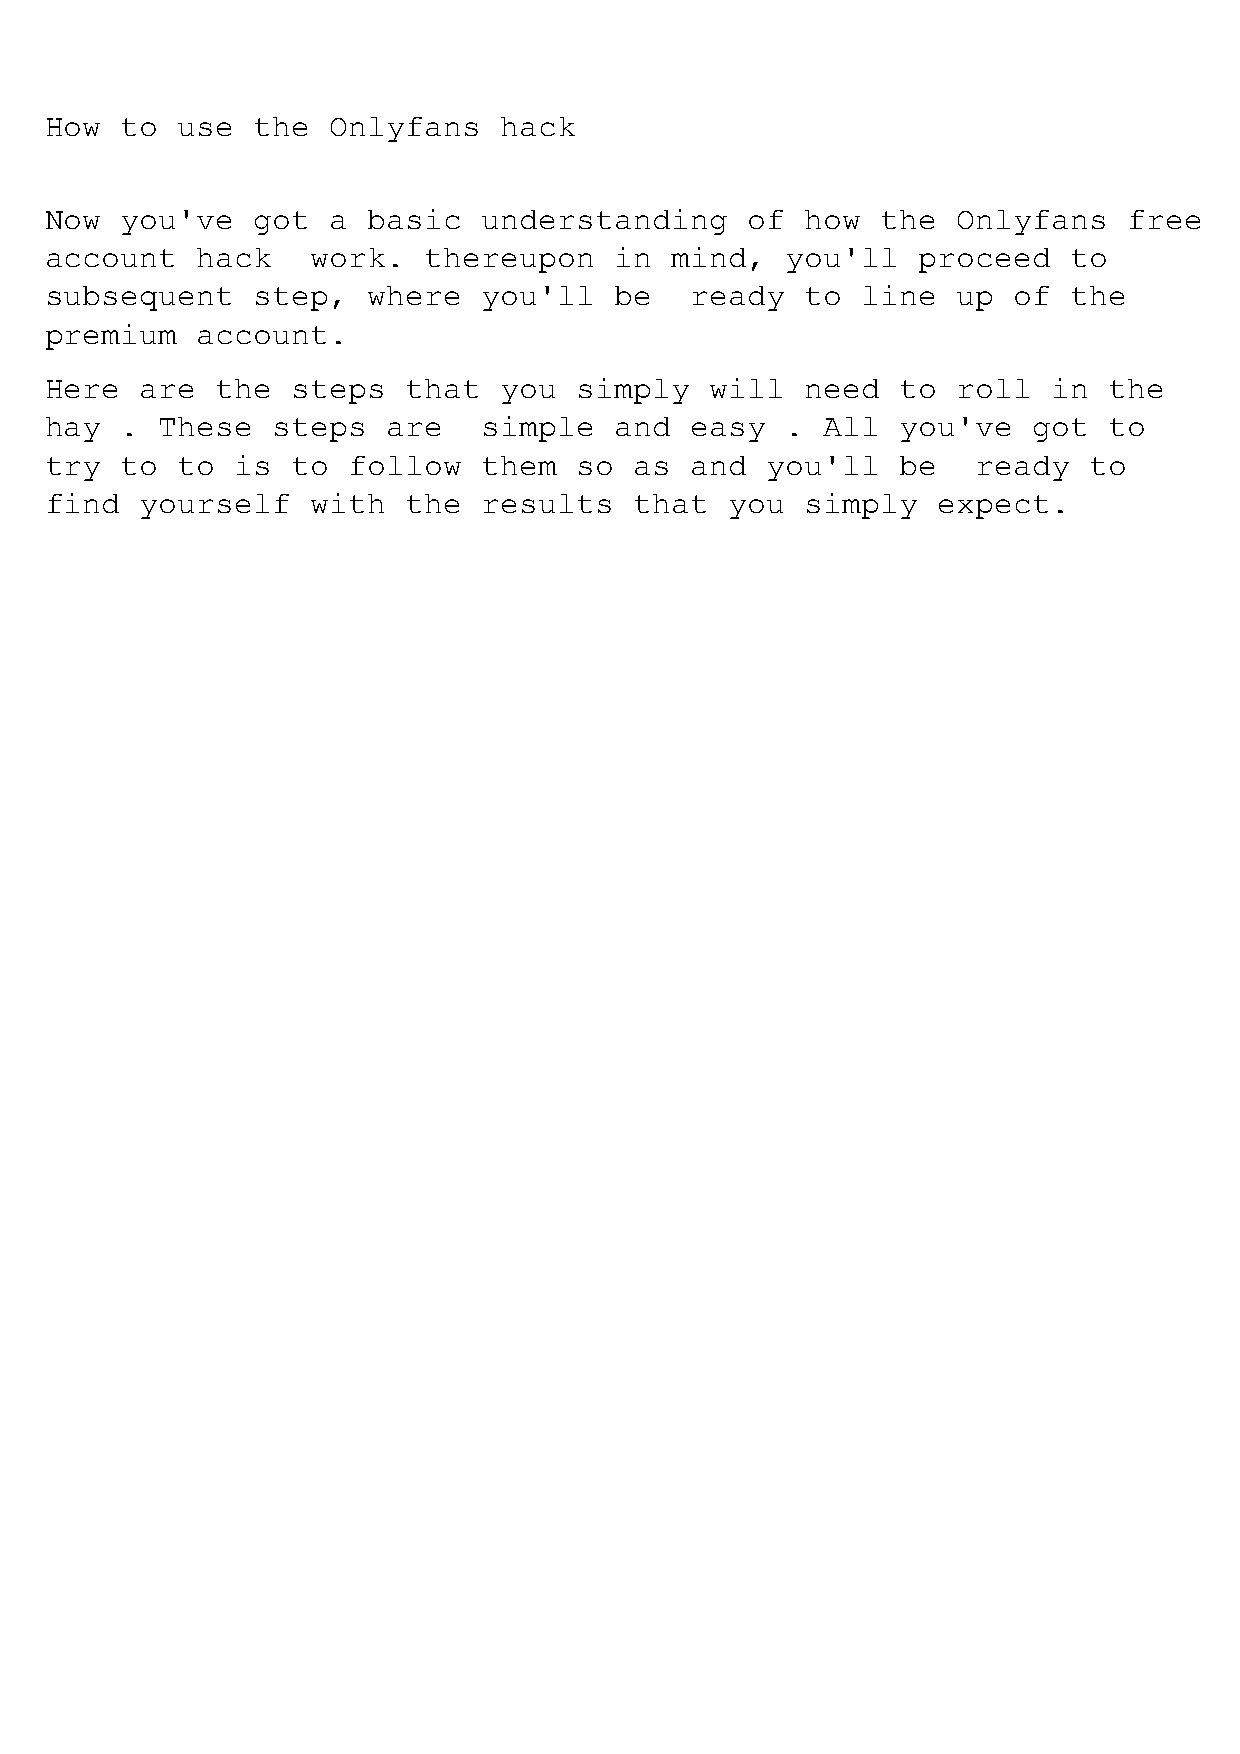
How  to  use  the  Onlyfans   hack
 Now  you've   got  a basic   understanding    of  how  the  Onlyfans    free
 account   hack    work.  thereupon    in mind,   you'll   proceed   to
 subsequent    step,  where   you'll   be   ready  to  line  up  of  the
 premium   account.
 Here  are  the  steps   that  you  simply   will  need   to roll   in the
 hay  . These   steps   are   simple   and  easy  . All   you've  got  to
 try  to  to  is to  follow   them  so  as  and  you'll   be   ready  to
 find  yourself    with  the  results   that  you  simply   expect.